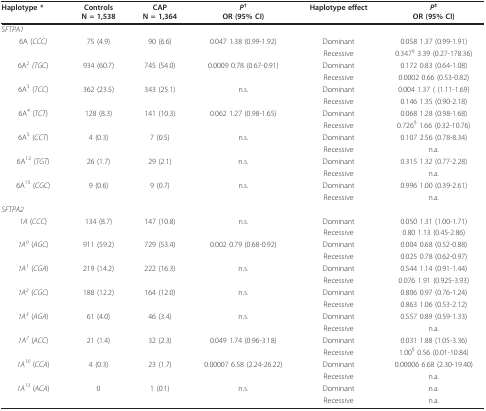
<table><thead><tr><td><b>Haplotype *</b></td><td><b>ControlsN = 1,538</b></td><td><b>CAPN = 1,364</b></td><td><b><i>P</i><sup>†</sup>OR (95% CI)</b></td><td><b>Haplotype effect</b></td><td><b><i>P</i><sup>‡</sup>OR (95% CI)</b></td></tr></thead><tbody><tr><td><i>SFTPA1</i></td><td></td><td></td><td></td><td></td><td></td></tr><tr><td>6A (<i>CCC)</i></td><td>75 (4.9)</td><td>90 (6.6)</td><td>0.047 1.38 (0.99-1.92)</td><td>Dominant</td><td>0.058 1.37 (0.99-1.91)</td></tr><tr><td></td><td></td><td></td><td></td><td>Recessive</td><td>0.347<sup>§ </sup>3.39 (0.27-178.36)</td></tr><tr><td>6A<sup>2 </sup><i>(TGC</i>)</td><td>934 (60.7)</td><td>745 (54.0)</td><td>0.0009 0.78 (0.67-0.91)</td><td>Dominant</td><td>0.172 0.83 (0.64-1.08)</td></tr><tr><td></td><td></td><td></td><td></td><td>Recessive</td><td>0.0002 0.66 (0.53-0.82)</td></tr><tr><td>6A<sup>3 </sup>(<i>TCC</i>)</td><td>362 (23.5)</td><td>343 (25.1)</td><td>n.s.</td><td>Dominant</td><td>0.004 1.37 ( (1.11-1.69)</td></tr><tr><td></td><td></td><td></td><td></td><td>Recessive</td><td>0.146 1.35 (0.90-2.18)</td></tr><tr><td>6A<sup>4 </sup>(<i>TCT</i>)</td><td>128 (8.3)</td><td>141 (10.3)</td><td>0.062 1.27 (0.98-1.65)</td><td>Dominant</td><td>0.068 1.28 (0.98-1.68)</td></tr><tr><td></td><td></td><td></td><td></td><td>Recessive</td><td>0.726<sup>§ </sup>1.66 (0.32-10.76)</td></tr><tr><td>6A<sup>5 </sup>(<i>CCT</i>)</td><td>4 (0.3)</td><td>7 (0.5)</td><td>n.s.</td><td>Dominant</td><td>0.107 2.56 (0.78-8.34)</td></tr><tr><td></td><td></td><td></td><td></td><td>Recessive</td><td>n.a.</td></tr><tr><td>6A<sup>12 </sup>(<i>TGT</i>)</td><td>26 (1.7)</td><td>29 (2.1)</td><td>n.s.</td><td>Dominant</td><td>0.315 1.32 (0.77-2.28)</td></tr><tr><td></td><td></td><td></td><td></td><td>Recessive</td><td>n.a.</td></tr><tr><td>6A<sup>15 </sup>(<i>CGC</i>)</td><td>9 (0.6)</td><td>9 (0.7)</td><td>n.s.</td><td>Dominant</td><td>0.996 1.00 (0.39-2.61)</td></tr><tr><td></td><td></td><td></td><td></td><td>Recessive</td><td>n.a.</td></tr><tr><td><i>SFTPA2</i></td><td></td><td></td><td></td><td></td><td></td></tr><tr><td><i>1A </i>(<i>CCC</i>)</td><td>134 (8.7)</td><td>147 (10.8)</td><td>n.s.</td><td>Dominant</td><td>0.050 1.31 (1.00-1.71)</td></tr><tr><td></td><td></td><td></td><td></td><td>Recessive</td><td>0.80 1.13 (0.45-2.86)</td></tr><tr><td><i>1A</i><sup><i>0 </i></sup>(<i>AGC</i>)</td><td>911 (59.2)</td><td>729 (53.4)</td><td>0.002 0.79 (0.68-0.92)</td><td>Dominant</td><td>0.004 0.68 (0.52-0.88)</td></tr><tr><td></td><td></td><td></td><td></td><td>Recessive</td><td>0.025 0.78 (0.62-0.97)</td></tr><tr><td><i>1A</i><sup><i>1 </i></sup>(<i>CGA</i>)</td><td>219 (14.2)</td><td>222 (16.3)</td><td>n.s.</td><td>Dominant</td><td>0.544 1.14 (0.91-1.44)</td></tr><tr><td></td><td></td><td></td><td></td><td>Recessive</td><td>0.076 1.91 (0.925-3.93)</td></tr><tr><td><i>1A</i><sup><i>2 </i></sup>(<i>CGC</i>)</td><td>188 (12.2)</td><td>164 (12.0)</td><td>n.s.</td><td>Dominant</td><td>0.806 0.97 (0.76-1.24)</td></tr><tr><td></td><td></td><td></td><td></td><td>Recessive</td><td>0.863 1.06 (0.53-2.12)</td></tr><tr><td><i>1A</i><sup><i>3 </i></sup>(<i>AGA</i>)</td><td>61 (4.0)</td><td>46 (3.4)</td><td>n.s.</td><td>Dominant</td><td>0.557 0.89 (0.59-1.33)</td></tr><tr><td></td><td></td><td></td><td></td><td>Recessive</td><td>n.a.</td></tr><tr><td><i>1A</i><sup><i>7 </i></sup>(<i>ACC</i>)</td><td>21 (1.4)</td><td>32 (2.3)</td><td>0.049 1.74 (0.96-3.18)</td><td>Dominant</td><td>0.031 1.88 (1.05-3.36)</td></tr><tr><td></td><td></td><td></td><td></td><td>Recessive</td><td>1.00<sup>§ </sup>0.56 (0.01-10.84)</td></tr><tr><td><i>1A</i><sup><i>10 </i></sup>(<i>CCA</i>)</td><td>4 (0.3)</td><td>23 (1.7)</td><td>0.00007 6.58 (2.24-26.22)</td><td>Dominant</td><td>0.00006 6.68 (2.30-19.40)</td></tr><tr><td></td><td></td><td></td><td></td><td>Recessive</td><td>n.a.</td></tr><tr><td><i>1A</i><sup><i>13 </i></sup>(<i>ACA</i>)</td><td>0</td><td>1 (0.1)</td><td>n.s.</td><td>Dominant</td><td>n.a.</td></tr><tr><td></td><td></td><td></td><td></td><td>Recessive</td><td>n.a.</td></tr></tbody></table>